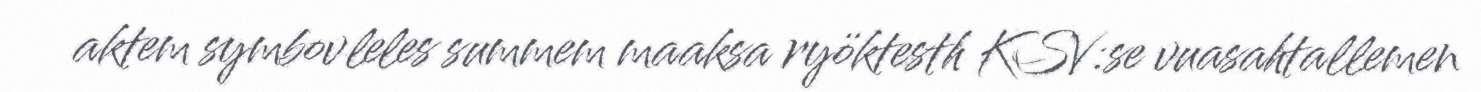
aktem symbovleles summem maaksa ryöktesth KSV:se vuasahtallemen